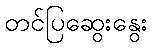
တင်ပြဆွေးနွေး